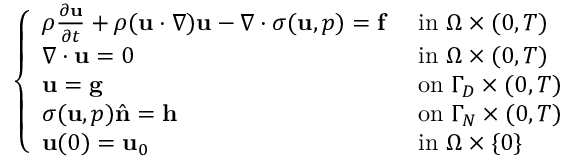
{ \left\{ \begin{array} { l l } { \rho { \frac { \partial \mathbf { u } } { \partial t } } + \rho ( \mathbf { u } \cdot \nabla ) \mathbf { u } - \nabla \cdot { \boldsymbol { \sigma } } ( \mathbf { u } , p ) = \mathbf { f } } & { { \mathrm { ~ i n ~ } } \Omega \times ( 0 , T ) } \\ { \nabla \cdot \mathbf { u } = 0 } & { { \mathrm { ~ i n ~ } } \Omega \times ( 0 , T ) } \\ { \mathbf { u } = \mathbf { g } } & { { \mathrm { ~ o n ~ } } \Gamma _ { D } \times ( 0 , T ) } \\ { { \boldsymbol { \sigma } } ( \mathbf { u } , p ) { \hat { \mathbf { n } } } = \mathbf { h } } & { { \mathrm { ~ o n ~ } } \Gamma _ { N } \times ( 0 , T ) } \\ { \mathbf { u } ( 0 ) = \mathbf { u } _ { 0 } } & { { \mathrm { ~ i n ~ } } \Omega \times \{ 0 \} } \end{array} \right. }